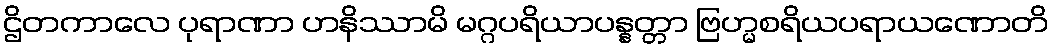
ဌိတကာလေ ပုရာဏာ ဟနိဿာမိ မဂ္ဂပရိယာပန္နတ္တာ ဗြဟ္မစရိယပရာယဏောတိ